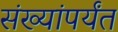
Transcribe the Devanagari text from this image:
संख्यांपर्यंत